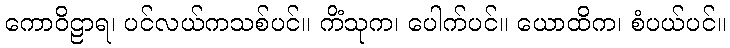
ကောဝိဠာရ၊ ပင်လယ်ကသစ်ပင်။ ကိံသုက၊ ပေါက်ပင်။ ယောထိက၊ စံပယ်ပင်။